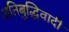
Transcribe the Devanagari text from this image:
अतिबुद्धिवादी